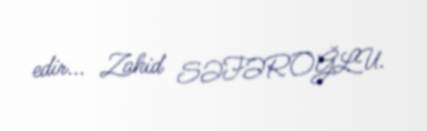
edir... Zahid SƏFƏROĞLU.